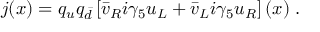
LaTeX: j ( x ) = q _ { u } q _ { \bar { d } } \left[ \bar { v } _ { R } i \gamma _ { 5 } u _ { L } + \bar { v } _ { L } i \gamma _ { 5 } u _ { R } \right] ( x ) \; .